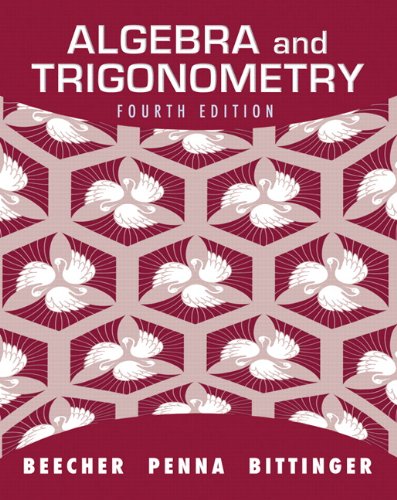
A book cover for Algebra and Trigonometry (4th Edition); Judith A. Beecher; Science & Math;